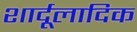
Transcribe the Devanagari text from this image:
शार्दूलादिक